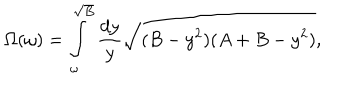
\Omega ( \omega ) = \int _ { \omega } ^ { \sqrt { B } } { \frac { d y } { y } } \sqrt { ( B - y ^ { 2 } ) ( A + B - y ^ { 2 } ) } ,